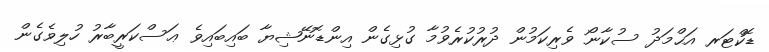
ޑޮކްޓަރ އަޙްމަދު ސުކާނޯ ވެރިކަމުން ދުރުކުރެވުމާ ގުޅިގެން އިންޑޮނޭޝިޔާ ބައިބައިވެ ޢަސްކަރީބާރު ހުލިވެގެން